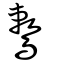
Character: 鷘